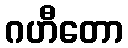
ဂဟီတော